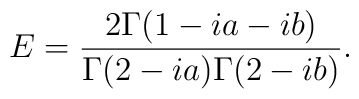
E = {{2 \Gamma(1 -i a - i b ) } \over {\Gamma(2 -i a) \Gamma(2 -i b) }}.